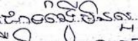
ជាទង្វើមិនល្អ